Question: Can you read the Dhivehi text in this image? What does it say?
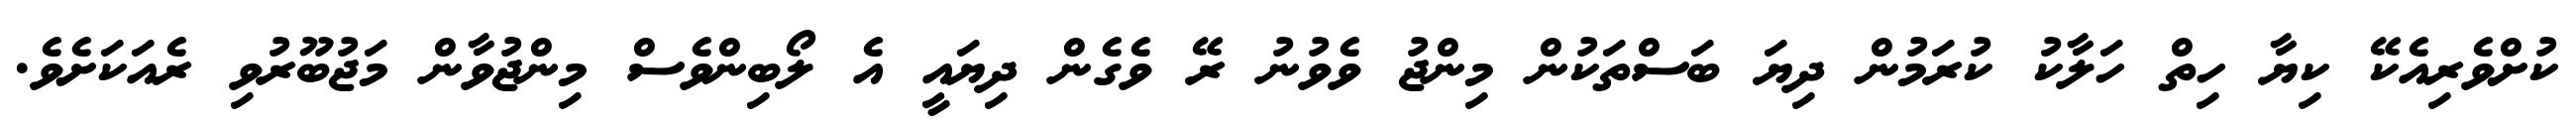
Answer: ކުށްވެރިއެކޭ ކިޔާ ހިތް ހަލާކު ކުރަމުން ދިޔަ ބަސްތަކުން މިންޖު ވެވުނު ރޭ ވެގެން ދިޔައީ އެ ލޯބިންވެސް މިންޖުވާން މަޖުބޫރުވި ރެއަކަށެވެ.